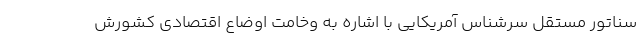
سناتور مستقل سرشناس آمریکایی با اشاره به وخامت اوضاع اقتصادی کشورش